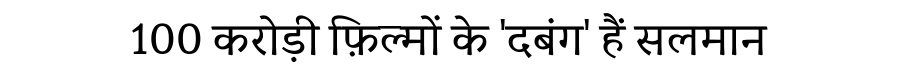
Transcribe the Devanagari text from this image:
100 करोड़ी फ़िल्मों के 'दबंग' हैं सलमान